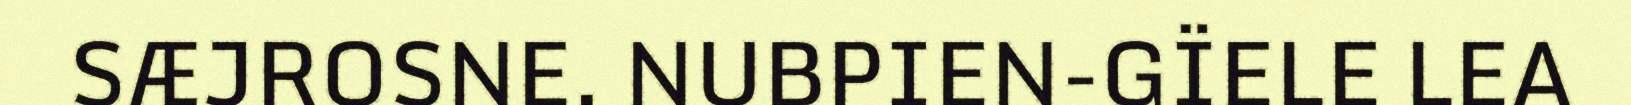
SÆJROSNE. NUBPIEN-GÏELE LEA